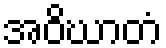
အဝိဃာတံ